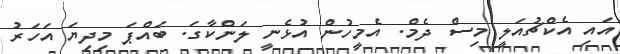
އައި އެކްޗުއަލީ މިސް ދެމް. އެމީހުން އުޅެނީ ލަންކާގަ. ބައްޕަ މިދިޔަ އަހަރު